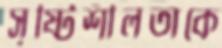
সৃষ্টিশীলতাকে